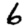
Digit: 6